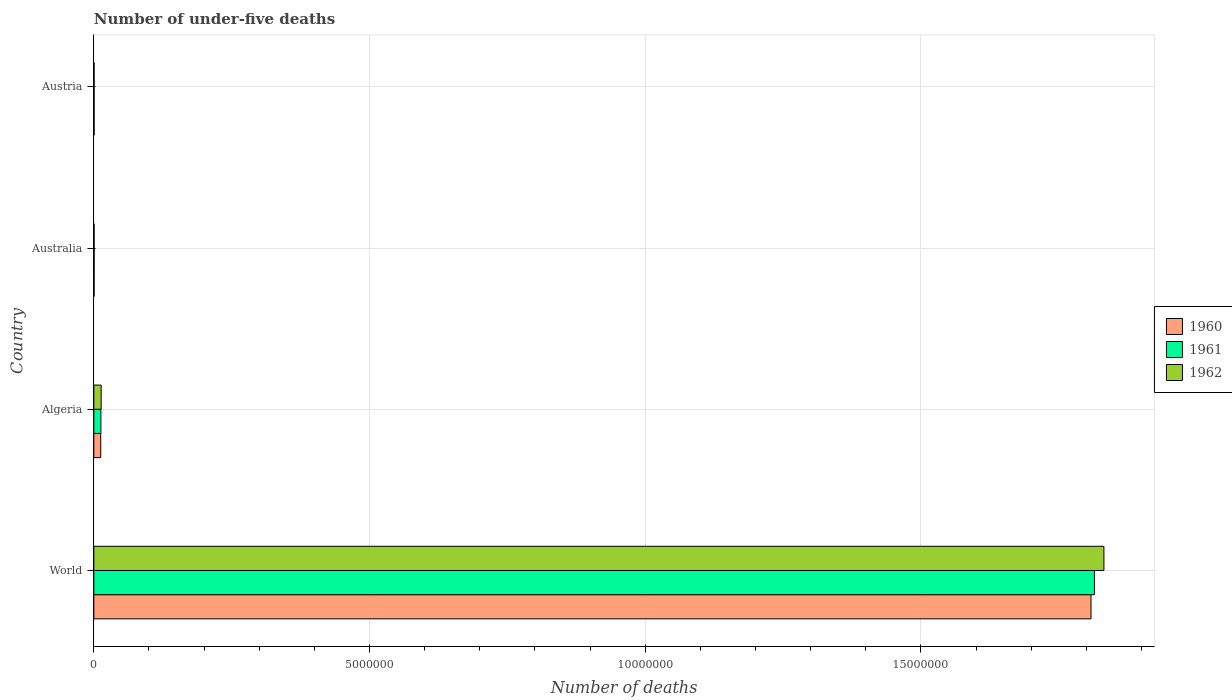
| Country | 1960 | 1961 | 1962 |
 | --- | --- | --- | --- |
 | World | 1.81e+07 | 1.81e+07 | 1.83e+07 |
 | Algeria | 1.25e+05 | 1.28e+05 | 1.33e+05 |
 | Australia | 5.78e+03 | 5.72e+03 | 5.59e+03 |
 | Austria | 5.75e+03 | 5.5e+03 | 5.18e+03 |